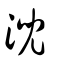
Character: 淣